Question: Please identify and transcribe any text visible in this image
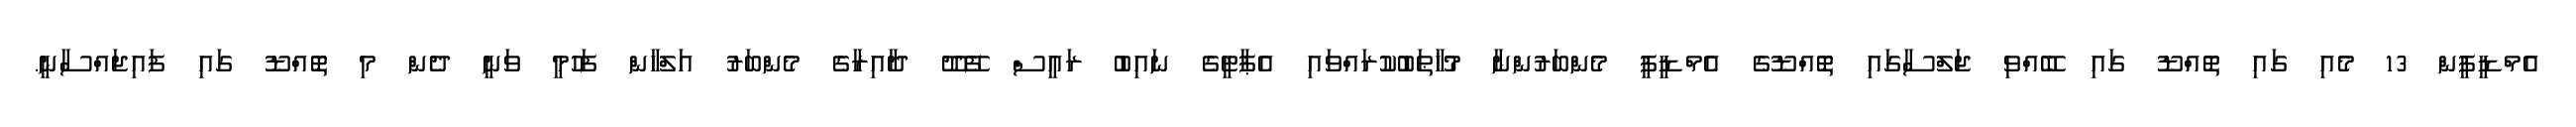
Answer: އެމްޑީޕީން 13 މެއި ގައި ތޮއްޑޫ ގައި ބޭއްވި ޖަލްސާގައި ތޮއްޑޫގެ އެމްޑީޕީ މެންބަރުންނާ މުޚާޠަބުކުރައްވައި އެޕާޓީގެ ނައިބު ރައީސް ފޭދޫ ދާއިރާގެ މެންބަރު އަލްހާން ފަހުމީ ވަނީ ދެން މި ތޮއްޑޫ ގައި ފައިޖައްސާނީ.